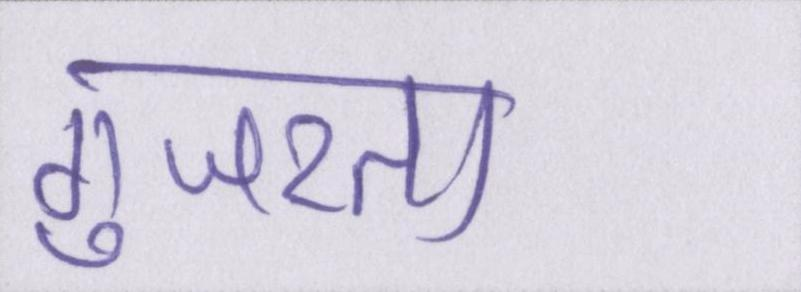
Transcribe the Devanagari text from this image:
गुजरता